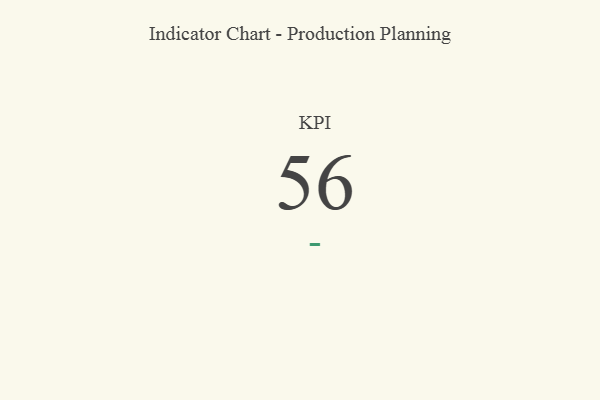
{"axis": {"x": "KPI", "y": "Value"}, "legend": [""], "data": [{"x": "KPI", "y": 56, "type": ""}]}